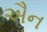
ઐન